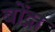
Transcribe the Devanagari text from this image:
बोंद्रा